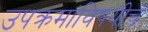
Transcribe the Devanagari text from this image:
उपक्रमांविषयीचे